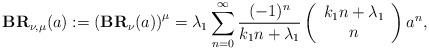
LaTeX: \begin{align*}\textbf{BR}_{\nu,\mu}(a):=\left(\textbf{BR}_{\nu}(a)\right)^{\mu}=\lambda_1\sum^{\infty}_{n=0}\frac{(-1)^n}{k_1n+\lambda_1}\left(\begin{array}{cc}k_1n+\lambda_1\\n\end{array}\right)a^n,\end{align*}